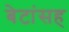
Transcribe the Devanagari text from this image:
बेटांसह